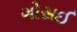
ગોસઈ